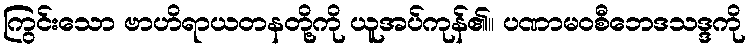
ကြွင်းသော ဗာဟိရာယတနတို့ကို ယူအပ်ကုန်၏။ ပဏာမဝစီဘေဒသဒ္ဒကို